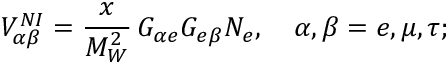
V _ { \alpha \beta } ^ { N I } = \frac { x } { M _ { W } ^ { 2 } } \, G _ { \alpha e } G _ { e \beta } N _ { e } , \quad \alpha , \beta = e , \mu , \tau ;